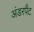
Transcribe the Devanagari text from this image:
अंडरपैंट